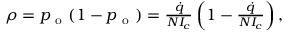
\begin{array} { r } { \rho = p _ { \mathrm { ~ o ~ } } ( 1 - p _ { \mathrm { ~ o ~ } } ) = \frac { \dot { q } } { N I _ { c } } \left( 1 - \frac { \dot { q } } { N I _ { c } } \right) , } \end{array}